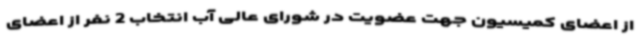
از اعضای کمیسیون جهت عضویت در شورای عالی آب انتخاب 2 نفر از اعضای